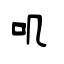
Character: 叽